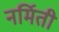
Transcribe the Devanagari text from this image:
नर्मिती